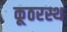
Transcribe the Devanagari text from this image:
कूठरस्थ